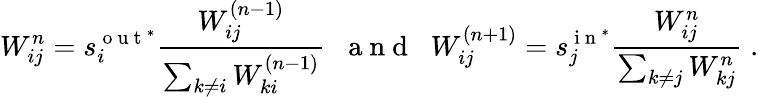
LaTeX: W_{ij}^{n}=s_{i}^{\mathrm{~o~u~t~}^{*}}\frac{W_{ij}^{(n-1)}}{\sum_{k\neq i}W_{ki}^{(n-1)}}\; \; \mathrm{~a~n~d~}\; \; W_{ij}^{(n+1)}=s_{j}^{\mathrm{~i~n~}^{*}}\frac{W_{ij}^{n}}{\sum_{k\neq j}W_{kj}^{n}}\; .